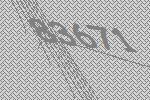
83671